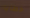
خطايا